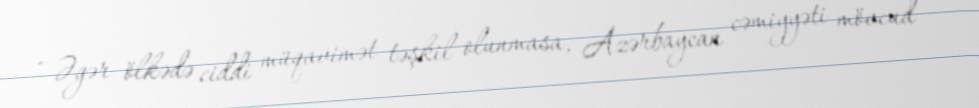
- Əgər ölkədə ciddi müqavimət təşkil olunmasa, Azərbaycan cəmiyyəti mövcud